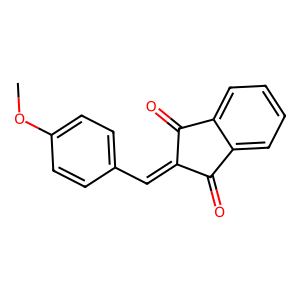
SMILES: COc1ccc(C=C2C(=O)c3ccccc3C2=O)cc1
Inhibits HIV replication: No